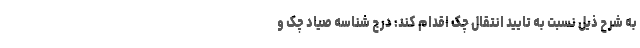
به شرح ذیل نسبت به تایید انتقال چک اقدام کند: درج شناسه صیاد چک و